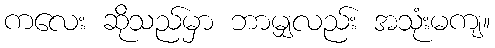
ကလေး ဆိုသည်မှာ ဘာမျှလည်း အသုံးမကျ။